Memorandum on the prevention of leprosy by segregation of the affected
Disease focus: Leprosy
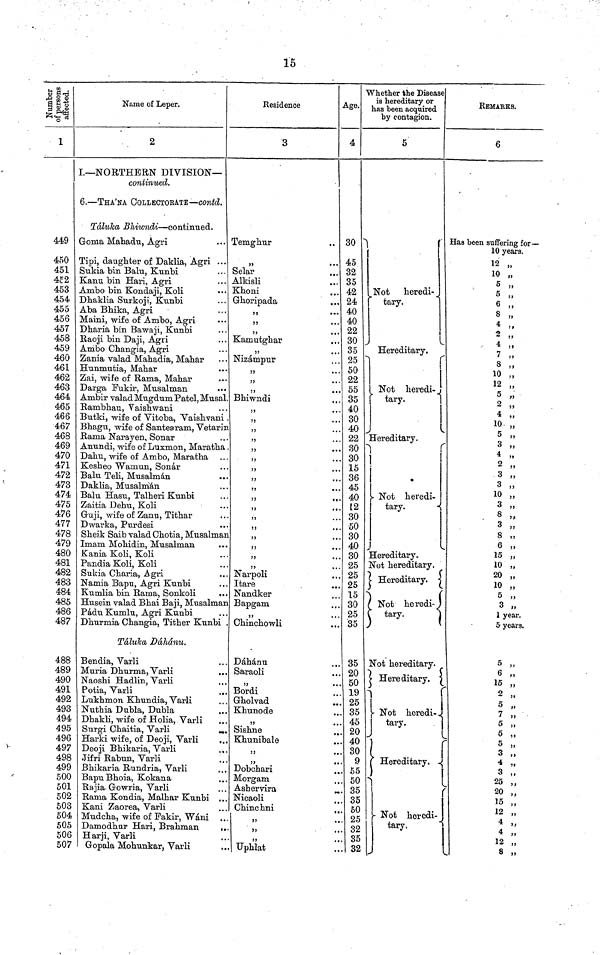
15
Number of persons affected.
1
449
450
451
452
453
454
455
456
457
458
459
460
461
462
463
464
465
466
467
468
469
470
471
472
473
474
475
476
477
478
479
480
481
482
483
484
485
486
487
488
489
490
491
492
493
494
495
496
497
498
499
500
501
502
503
504
505
506
507
Name of Leper.
2
I.— NORTHERN DIVISION—
continued.
6. — THA'NA COLLECTORATE — contd.
Taluka Bhiwndi — continued.
Goma Mahadu, Agri
Tipi, daughter of Daklia, Agri ...
Sukia bin Balu, Kunbi
Canu bin Hari, Agri
Ambo bin Kondaji, Koli
Dhaklia Surkoji, Kunbi
Aba Bhika, Agri
Maini, wife of Ambo, Agri
Dharia bin Bawaji, Kunbi
Raoji bin Daji, Agri
Ambo Changia, Agri
Zania valad Mahadia, Mahar
Hunmutia, Mahar
Zai, wife of Rama, Mahar
Darga Fukir, Musalman
Ambir valad Mugdum Patel, Musa
Ranibhau, Vaishwani
Butki, wife of Vitoba, Vaishvani
Bhagu, wife of Santearam, Vetari
Rama Narayen, Sonar
Anundi, wife of Luxnaon, Maratha
Dahu, wife of Ambo, Maratha
Kesheo Wamun, Sonar
Balu Teli, Musalman
Daklia, Musalman
Balu Hasu, Talheri Kunbi
Zaitia Dehu, Koli
Guji, wife of Zanu, Tithar
Dwarka, Purdesi
Sheik Saib valad Chotia, Musalma
Imam Mohidin, Musalman
Kania Koli, Koli
Pandia Koli, Koli
Sukia Charia, .Agri
Namia Bapu, Agri Kunbi
Kumlia bin Rama, Sonkoli
Husein valad Bhai Baji, Musalma
Padu Kumlu, Agri Kunbi
Dhurmia Changia, Tither Kunbi
Taluka Dahanu.
Bendia, Varli
Muria Dhurma, Varli
Naoshi Hadlin, Varli
Potia, Varli
Luthmon Khundia, Varli
Nuthia Dubla, Dubla
Dhakli, wife of Holia, Varli
Surgi Chaitia, Varli
Harki wife, of Deoji, Varli
Deoji Bhikaria, Varli
Jifri Rabun, Varli
Bhikaria Rundria, Varli
Bapu Bhoia, Kokana
Rajia Gowria, Varli
Rama Kondia, Malhar Kunbi
Kani Zaorea, Varli
Mudcha, wife of Fakir, Wani
Damodhur Hari, Brahman
Harji, Varli
Gopala Mohunkar, Varli
Residence
3
Temghur
"
Selar
Alkisli
Khoni
Ghoripada
"
"
"
Kamutghar
"
Nizampur
"
"
"
Bhiwndi
"
"
"
"
"
"
"
"
"
"
"
"
"
"
"
"
Narpoli
Itare
Nandker
Bapgam
"
Chinchowli
Dahdnu
Saraoli
"
Bordi
Gholvad
Khunode
"
Sishne
Khunibale
"
"
Dobchari
Morgam
Ashervira
Nicaoli
Chine hni
Uphlat
Age.
4
30
45
32
35
42
24
40
40
22
30
35
25
50
22
55
35
40
30
40
22
30
30
15
36
45
40
12
30
50
30
40
30
25
25
25
15
30
25
35
35
20
50
19
. 25
. 35
. 45
. 20
. 40
. 30
. 9
55
. 50
. 35
. 35
. 50
. 25
. 32
. 35
. 32
Whether the Disease
is hereditary or
has been acquired
by contagion.
5
Not
heredi-
tary.
Hereditary.
Not heredi-
tary.
Hereditary.
- Not heredi-
tary.
Hereditary.
Not hereditary.
Hereditary.
Not heredi-
tary.
Not hereditary.
Hereditary.
Not heredi-
tary.
Hereditary.
Not heredi-
tary.
REMAKES.
6
Has been suffering for—
10 years.
12 "
10 "
5 "
5 "
6 "
8 "
4 "
2 "
4 "
7 "
8 "
10 "
12 "
5 "
2 "
4
"
10 "
5 "
4 "
2 "
10 "
8 "
3 "
8 "
6 "
15 "
10 "
20 "
10 "
5 "
3 "
1 year.
5 years.
5 "
6 "
15 "
2 "
5 ,
7 ,
5 ,
5 "
3 "
3 ,
4 ,
3 "
25
20
"
15
4
4
"
12 "
8
"